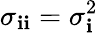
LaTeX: \sigma_{\mathbf{i}\mathbf{i}}=\sigma_{\mathbf{i}}^{2}